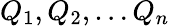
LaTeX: Q_{1},Q_{2},\dots Q_{n}